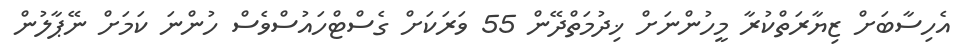
އެހިސާބަށް ޒިޔާރަތްކުރާ މީހުންނަށް ޚިދުމަތްދޭން 55 ވަރަކަށް ގެސްޓްހައުސްވެސް ހުންނަ ކަމަށް ނޭޕާލުން